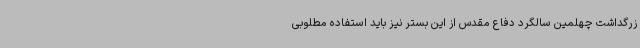
زرگداشت چهلمین سالگرد دفاع مقدس از این بستر نیز باید استفاده مطلوبی